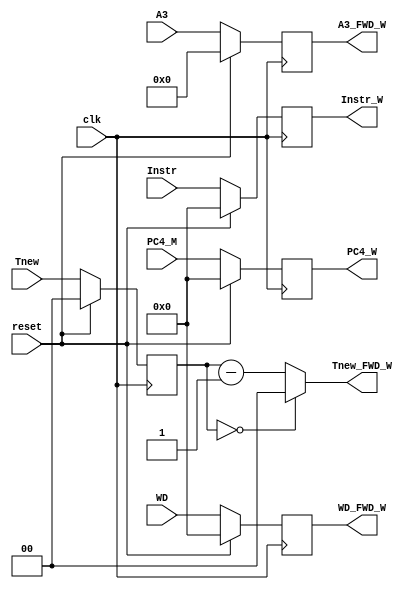
`timescale 1ns / 1ps
//////////////////////////////////////////////////////////////////////////////////
// Company: 
// Engineer: 
// 
// Design Name: 
// Module Name:    MEM_WB_module 
// Project Name: 
// Target Devices: 
// Tool versions: 
// Description: 
//
// Dependencies: 
//
// Revision: 
// Revision 0.01 - File Created
// Additional Comments: 
//
//////////////////////////////////////////////////////////////////////////////////
module MEM_WB_module(
    input [31:0] Instr,
	 input [4:0] A3,
	 input [1:0] Tnew,
	 input [31:0] PC4_M,
	 input [31:0] WD,
	 input clk,
	 input reset,
    output [31:0] Instr_W,
	 output [4:0] A3_FWD_W,
	 output [1:0] Tnew_FWD_W,
	 output [31:0] WD_FWD_W,
	 output [31:0] PC4_W
    );
	
	reg [31:0] Instr_W_Reg,WD_W_Reg,PC4_W_Reg;
	reg [4:0] A3_W_Reg;
	reg [1:0] Tnew_W_Reg;
	
	initial begin
		Instr_W_Reg = 0;
		A3_W_Reg = 0;
		Tnew_W_Reg = 0;
		WD_W_Reg = 0;
		PC4_W_Reg = 0;
	end
	
	assign Instr_W = Instr_W_Reg,
			 A3_FWD_W = A3_W_Reg,
			 Tnew_FWD_W = (Tnew_W_Reg==0)?2'b0:(Tnew_W_Reg-2'b1),
			 PC4_W = PC4_W_Reg,
			 WD_FWD_W = WD_W_Reg;
			 
	always @(posedge clk)begin
		if(reset == 1)begin
			Instr_W_Reg = 0; 
			A3_W_Reg = 0;
			Tnew_W_Reg = 0;
			WD_W_Reg = 0;
			PC4_W_Reg = 0;
		end
		else begin
			Instr_W_Reg = Instr;
			A3_W_Reg = A3;
			Tnew_W_Reg = Tnew;
			WD_W_Reg = WD;
			PC4_W_Reg = PC4_M;
		end
	end
		
endmodule